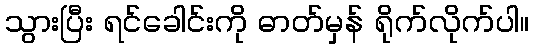
သွားပြီး ရင်ခေါင်းကို ဓာတ်မှန် ရိုက်လိုက်ပါ။